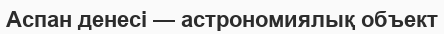
Аспан денесі — астрономиялық объект